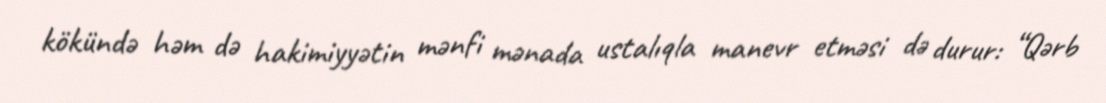
kökündə həm də hakimiyyətin mənfi mənada ustalıqla manevr etməsi də durur: “Qərb